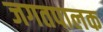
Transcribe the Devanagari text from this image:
जगतपालक